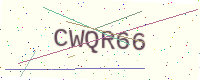
Text: CWQR66